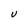
Character: U